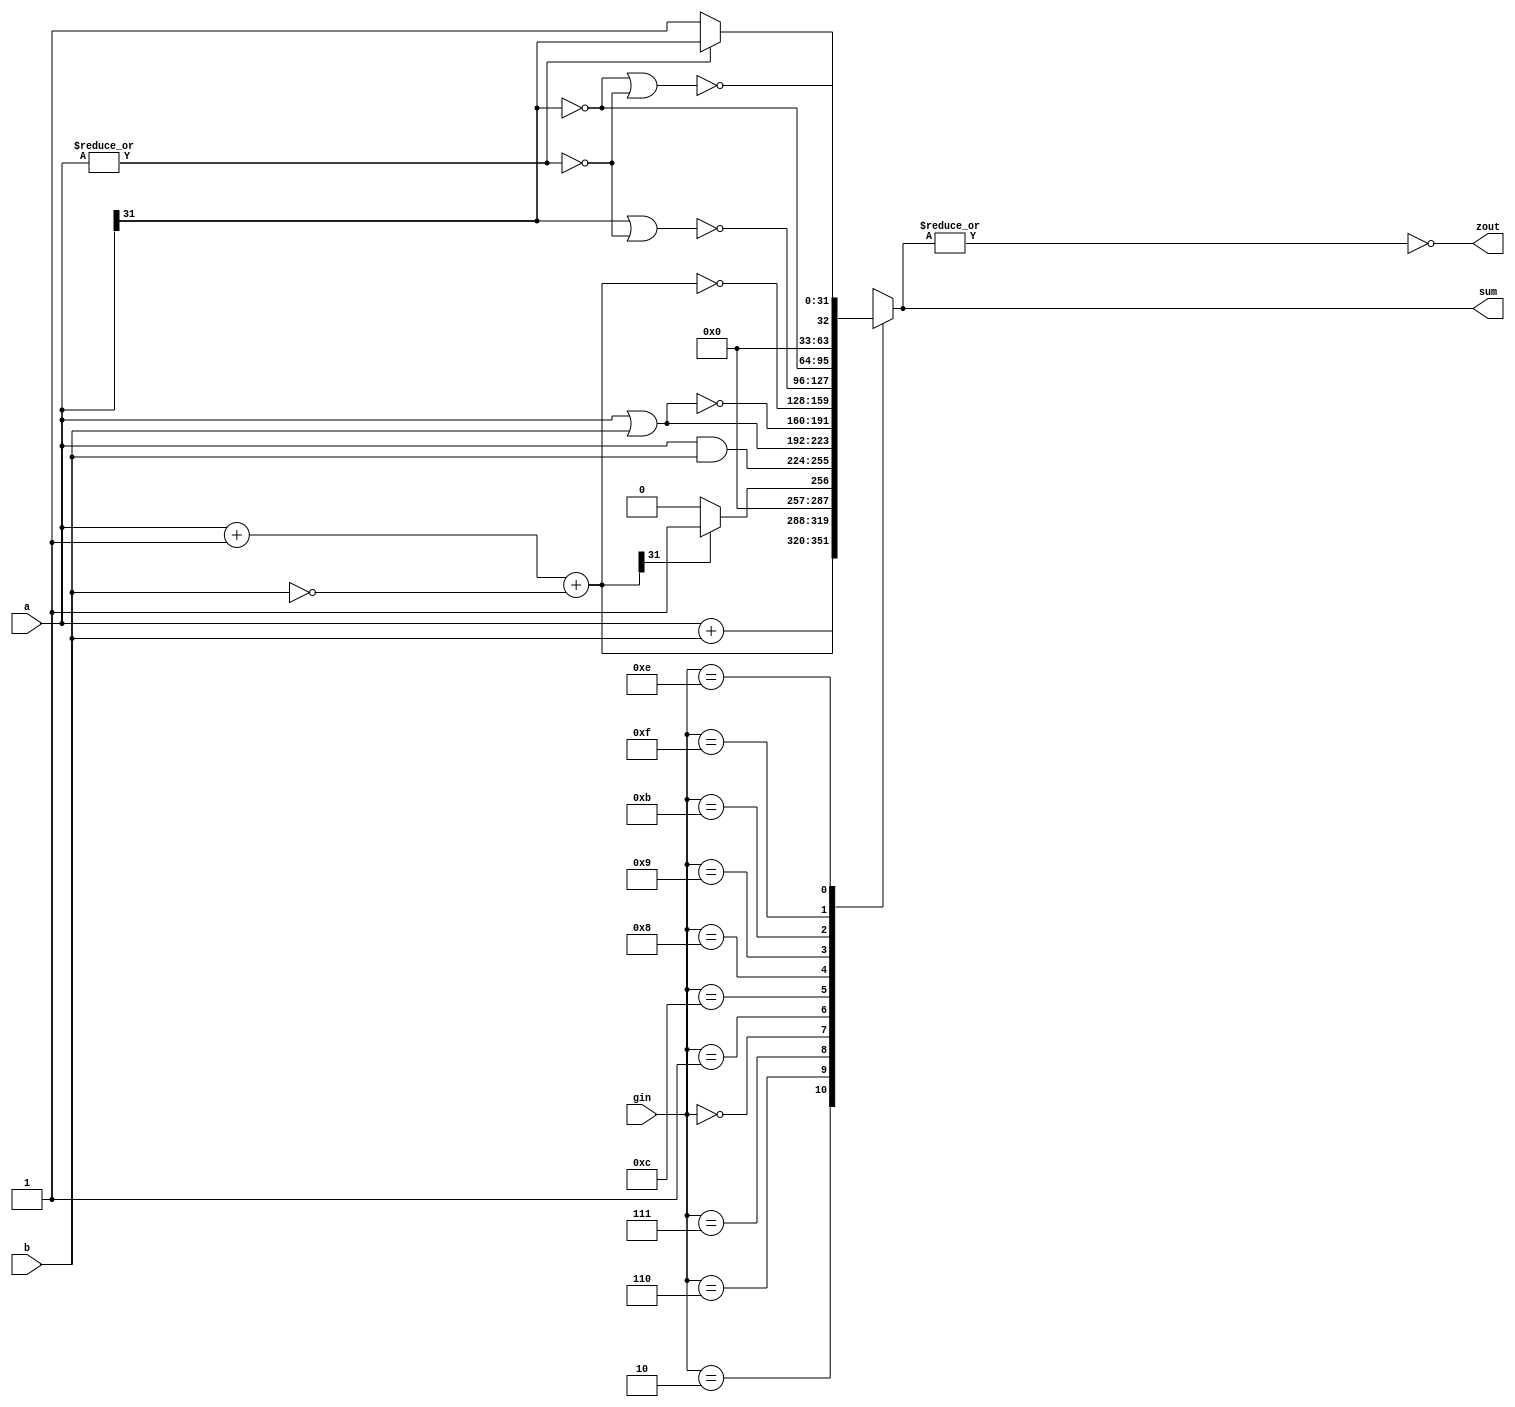
module alu32(sum,a,b,zout,gin);//ALU operation according to the ALU control line values
output [31:0] sum;
input [31:0] a,b; 
input [3:0] gin;//ALU control line
reg [31:0] sum;
reg [31:0] less;
reg [31:0] sumz;
output zout;
reg zout;
always @(a or b or gin)
begin
	case(gin)
	4'b0010: sum=a+b; 				//ALU control line=010, ADD
	4'b0110: sum=a+1+(~b);				//ALU control line=110, SUB
	4'b0111: begin less=a+1+(~b);			//ALU control line=111, set on less than
			if (less[31]) sum=1;	
			else sum=0;
		  end
	4'b0000: sum=a & b;				//ALU control line=000, AND
	4'b0001: sum=a|b;				//ALU control line=001, OR
	4'b1100: sum= ~(a|b)	;			// ALU control line = 1100, NOR

	4'b1000: sum= ~(a+1+(~b)) ;			// ALU control line=1000, bne 
	4'b1001: sum= ~(a[31] | (~(|a))) ;			// ALU control line = 1001, blez --> a<= 0 ?
	4'b1011: sum= ~a[31] ;              		// ALU control line = 1011, bltz --> a< 0  ?
	4'b1111: begin			// ALU control line = 1111, bgtz --> a > 0 ? 
			if (~(|a)) sum = 1 ;
			else sum = a[31] ;
		 end 	       		 	
	4'b1110: sum= ~( (~a[31]) | (~(|a)) )  ;   		// ALU control line = 1110, bgez --> a>= 0 ? 
		
	default: sum=31'bx;	
	endcase
zout=~(|sum);
end
endmodule